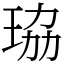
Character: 珕